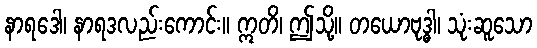
နာရဒေါ၊ နာရဒလည်းကောင်း။ ဣတိ၊ ဤသို့။ တယောဗုဒ္ဓါ၊ သုံးဆူသော